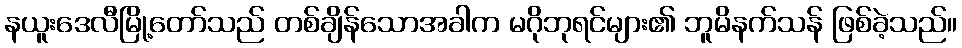
နယူးဒေလီမြို့တော်သည် တစ်ချိန်သောအခါက မဂိုဘုရင်များ၏ ဘူမိနက်သန် ဖြစ်ခဲ့သည်။